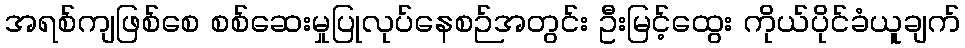
အရစ်ကျဖြစ်စေ စစ်ဆေးမှုပြုလုပ်နေစဉ်အတွင်း ဦးမြင့်ထွေး ကိုယ်ပိုင်ခံယူချက်